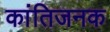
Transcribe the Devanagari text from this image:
कांतिजनक